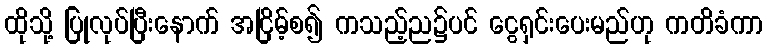
ထိုသို့ ပြုလုပ်ပြီးနောက် အငြိမ့်စ၍ ကသည့်ည၌ပင် ငွေရှင်းပေးမည်ဟု ကတိခံကာ